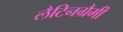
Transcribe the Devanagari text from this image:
लैटिनग्रैमी